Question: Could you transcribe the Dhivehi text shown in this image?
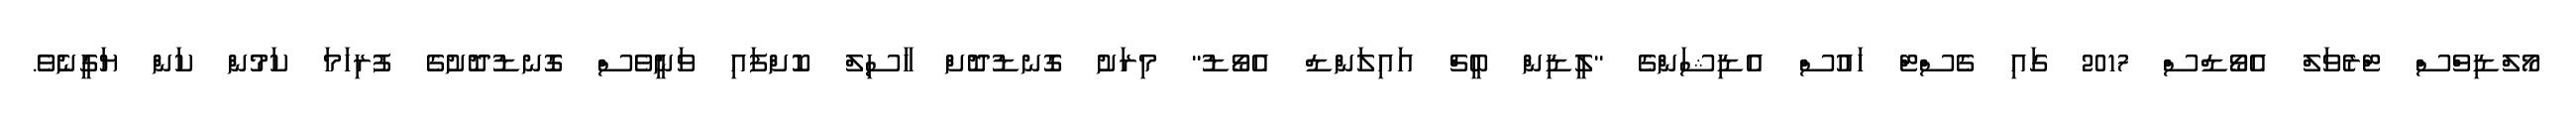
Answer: މޯލްޑިވްސް ޓްރެވަލް އެވޯޑްސް 2017 ގައި ގެސްޓް ހައުސް އެޑިޝަންގެ "ލީޑިން ބީޗް އައިލަންޑް އެވޯޑު" މިރަށު ގޮނޑުދޮށް ހާސިލް ކޮށްފައި ވަނީވެސް ގޮނޑުދޮށުގެ ފުރިހަމަ ކަމުން ކަން ޔަގީނެވެ.